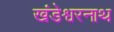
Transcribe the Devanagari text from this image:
खंडेश्वरनाथ